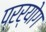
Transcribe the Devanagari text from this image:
प्रर्योग